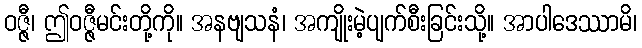
ဝဇ္ဇီ၊ ဤဝဇ္ဇီမင်းတို့ကို။ အနဗျသနံ၊ အကျိုးမဲ့ပျက်စီးခြင်းသို့။ အာပါဒေဿာမိ၊